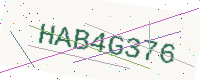
Text: HAB4G376